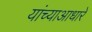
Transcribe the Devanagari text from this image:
यांच्याआधारे